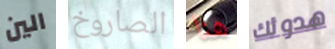
الين الصاروخ هنا هدوئك